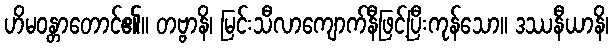
ဟိမဝန္တာတောင်၏။ တဗ္ဗာနိ၊ မြင်းသီလာကျောက်နီဖြင့်ပြီးကုန်သော။ ဒဿနီယာနိ၊